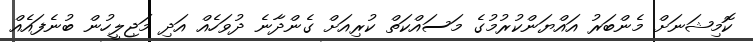
ކޮމިޝަނަށް މެންބަރު އައްޔަންކުރުމުގެ މަސައްކަތް ކުރިއަށް ގެންދާނެ ދުވަހެއް އަދި މަޖިލީހުން ބުނެފައެއް